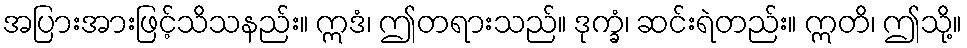
အပြားအားဖြင့်သိသနည်း။ ဣဒံ၊ ဤတရားသည်။ ဒုက္ခံ၊ ဆင်းရဲတည်း။ ဣတိ၊ ဤသို့။